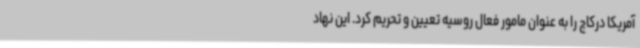
آمریکا درکاچ را به عنوان مامور فعال روسیه تعیین و تحریم کرد. این نهاد